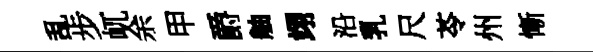
乱步屼余甲爵舳翊沿乳尺苓州慚